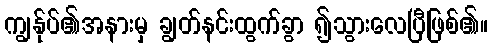
ကျွန်ုပ်၏အနားမှ ချွတ်နင်းထွက်ခွာ ၍သွားလေပြီဖြစ်၏။